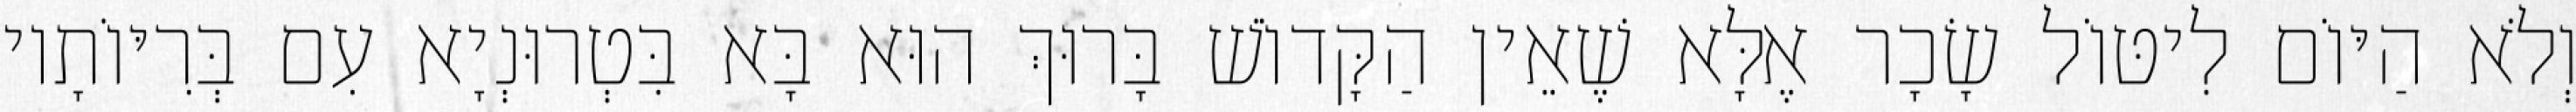
וְלֹא הַיּוֹם לִיטּוֹל שָׂכָר אֶלָּא שֶׁאֵין הַקָּדוֹשׁ בָּרוּךְ הוּא בָּא בִּטְרוּנְיָא עִם בְּרִיּוֹתָיו